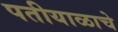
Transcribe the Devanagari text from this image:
पतीयाळाचे